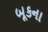
બૂકના